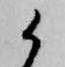
候